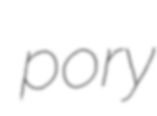
pory